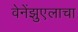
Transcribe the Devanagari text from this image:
वेनेंझुएलाचा